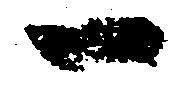
一